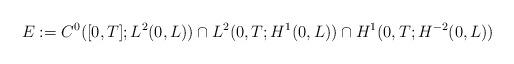
LaTeX: \begin{align*}E:=C^0( [0,T];L^2( 0,L) ) \cap L^2(0,T;H^1( 0,L) ) \cap H^{1}( 0,T;H^{-2}(0,L) )\end{align*}